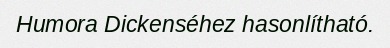
Humora Dickenséhez hasonlítható.